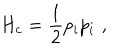
LaTeX: H _ { c } = { \frac { 1 } { 2 } } p _ { i } p _ { i } \, \, ,